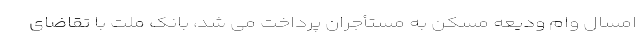
امسال وام ودیعه مسکن به مستأجران پرداخت می شد، بانک ملت با تقاضای